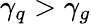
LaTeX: \gamma_{q}>\gamma_{g}